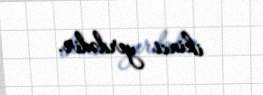
ikinci yerdədir.